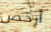
أرخص